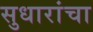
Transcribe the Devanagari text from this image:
सुधारांचा